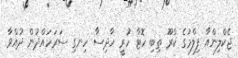
ޖެކްލިންއާ ފިލްމުގެ ކްރޫ ތިބި ހޮޓާ ހުރީ ހާދިސާ ހިނގި ސަރަހައްދުން ދުއްވާ